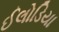
ઈલોડિયા